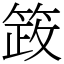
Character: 䈣